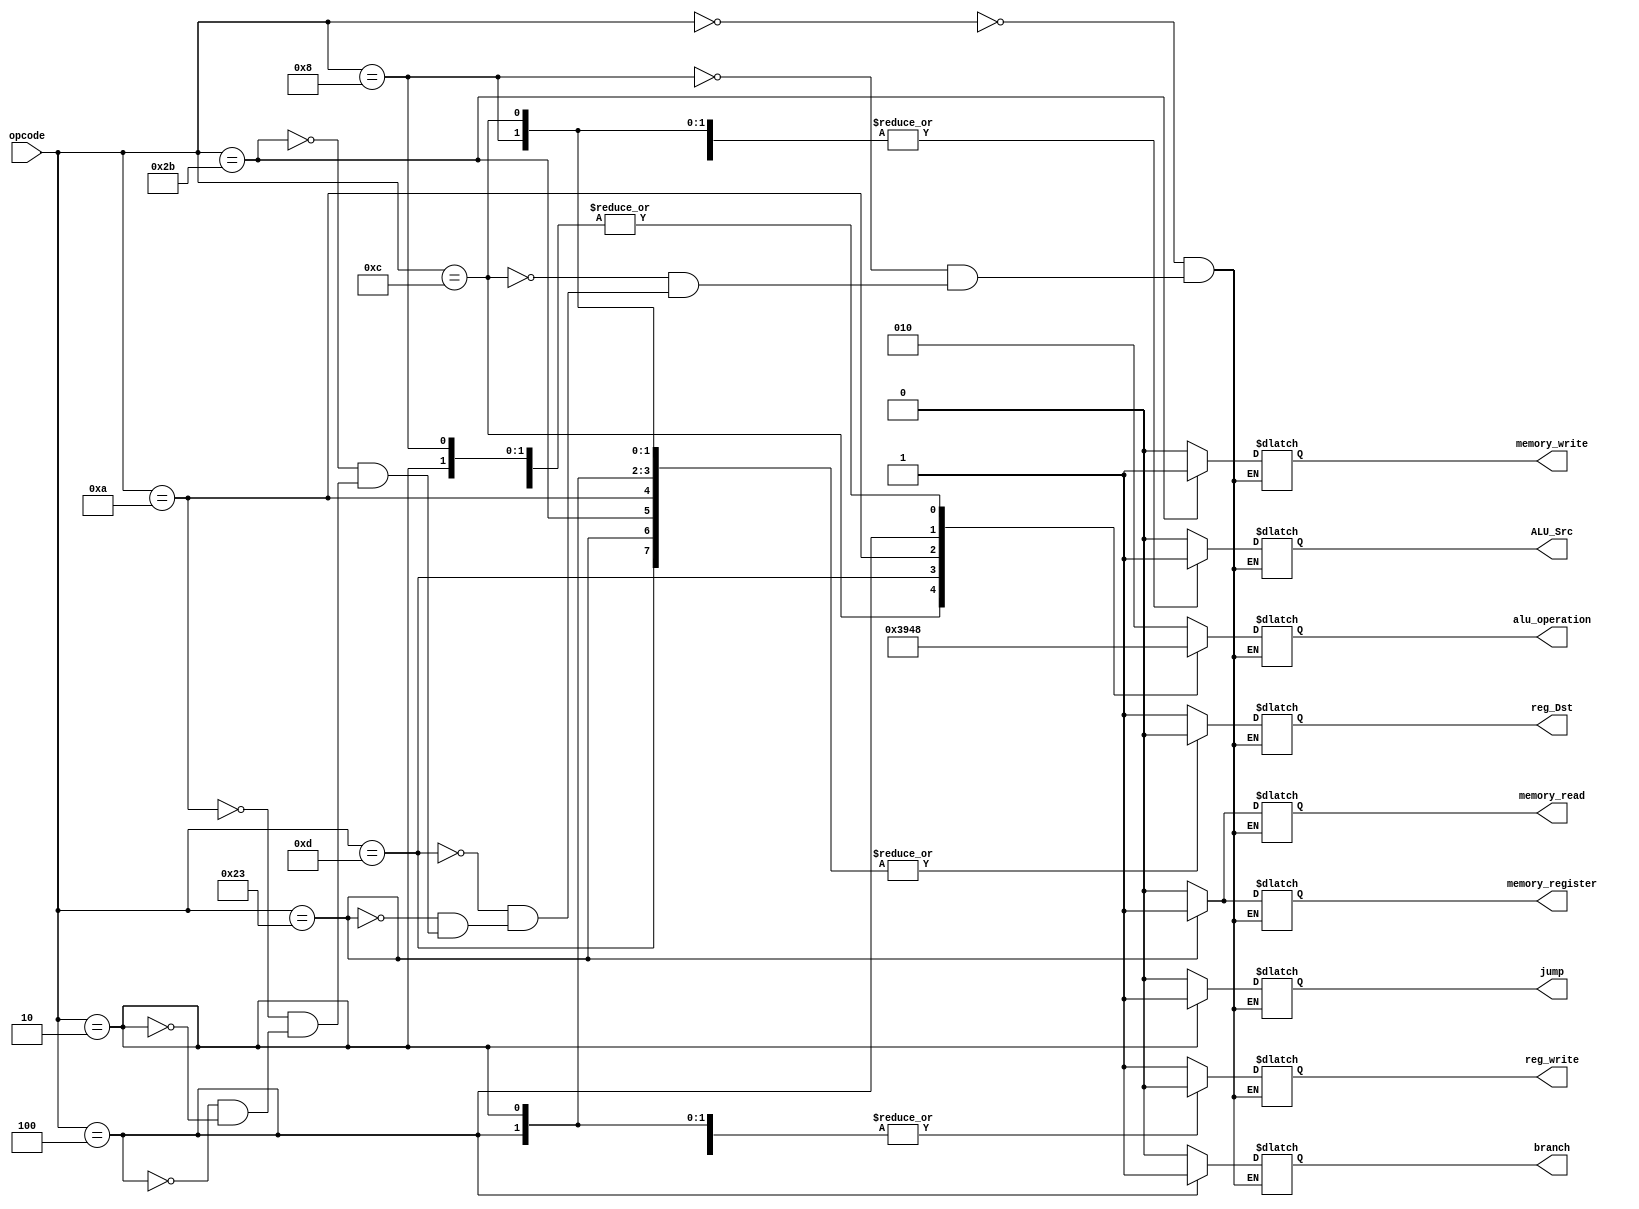
module MyControlUnit(
    input [31:26] opcode,
    output reg reg_Dst,
    output reg branch,
    output reg memory_read,
    output reg memory_register,
    output reg [2:0] alu_operation,
    output reg memory_write,
    output reg ALU_Src,
    output reg reg_write, 
    output reg jump   
);

always @*
begin
    case (opcode)
        6'b000000://Instrucciones Tipo R
        begin 
            reg_Dst=1'b1;
            branch=1'b0;
            memory_read = 1'b0;
            memory_register = 1'b0;
            alu_operation = 3'b010;
	    memory_write = 1'b0;
            ALU_Src=1'b0;
            reg_write = 1'b1;
	    jump=1'b0;
        end
        6'b001000://ADDI
        begin 
            reg_Dst=1'b0;
            branch=1'b0;
            memory_read = 1'b0;
            memory_register = 1'b0;
            alu_operation = 3'b000;
	    memory_write = 1'b0;
            ALU_Src=1'b1;
            reg_write = 1'b1;
	    jump=1'b0;
        end
        6'b001100://ANDI
        begin 
            reg_Dst=1'b0;
            branch=1'b0;
            memory_read = 1'b0;
            memory_register = 1'b0;
            alu_operation = 3'b011;//Cmo hay que ponerlo?
	    memory_write = 1'b0;
            ALU_Src=1'b1;
            reg_write = 1'b1;
	    jump=1'b0;
        end
        6'b001101://ORI
        begin 
            reg_Dst=1'b0;
            branch=1'b0;
            memory_read = 1'b0;
            memory_register = 1'b0;
            alu_operation = 3'b100;//Cmo hay que ponerlo?
	    memory_write = 1'b0;
            ALU_Src=1'b1;
            reg_write = 1'b1;
            jump=1'b0;
        end
        /*6'b000000://SUBI??
        begin 
            reg_Dst=1'b0;
            branch=1'b0;
            memory_read = 1'b0;
            memory_register = 1'b0;
            alu_operation = 3'b001;
	    memory_write = 1'b0;
            ALU_Src=1'b1;
            reg_write = 1'b1;
            jump=1'b0;
        end*/
        6'b100011://LW
        begin 
            reg_Dst=1'b0;
            branch=1'b0;
            memory_read = 1'b1;
            memory_register = 1'b1;
            alu_operation = 3'b000;
	    memory_write = 1'b0;
            ALU_Src=1'b1;
            reg_write = 1'b1;
            jump=1'b0;
        end
        6'b101011://SW
        begin 
            reg_Dst=1'b0;
            branch=1'b0;
            memory_read = 1'b0;
            memory_register = 1'b0;
            alu_operation = 3'b000;
	    memory_write = 1'b1;
            ALU_Src=1'b1;
            reg_write = 1'b0;
            jump=1'b0;
        end
        6'b001010://SLTI
        begin 
            reg_Dst=1'b0;
            branch=1'b0;
            memory_read = 1'b0;
            memory_register = 1'b0;
            alu_operation = 3'b101;//Cmo hay que ponerlo?
	    memory_write = 1'b0;
            ALU_Src=1'b1;
            reg_write = 1'b1;
            jump=1'b0;
        end
        6'b000100://BEQ
        begin 
            reg_Dst=1'b0;
            branch=1'b1;
            memory_read = 1'b0;
            memory_register = 1'b0;
            alu_operation = 3'b001;//Est bien?
	    memory_write = 1'b0;
            ALU_Src=1'b0;
            reg_write = 1'b0;
            jump=1'b0;
        end
        /*6'b000101://BNE
        begin 
            reg_Dst=1'b0;
            branch=1'b1;
            memory_read = 1'b0;
            memory_register = 1'b0;
            alu_operation = 3'b001;//Cmo implementar esta operacin?
	    memory_write = 1'b0;
            ALU_Src=1'b0;
            reg_write = 1'b0;
            jump=1'b0;
        end
        6'b000111://BGTZ
        begin 
            reg_Dst=1'b0;
            branch=1'b1;
            memory_read = 1'b0;
            memory_register = 1'b0;
            alu_operation = 3'b101; //Esta operacin falla cuando se elige un 0, porque 0>0 es falso y la manera en que implement con SLT hace que se ejecut el branch
	    memory_write = 1'b0;
            ALU_Src=1'b0;
            reg_write = 1'b0;
            jump=1'b0;
        end*/
        6'b000010://Instruccin J
	begin
            reg_Dst=1'b0;
            branch=1'b0;
            memory_read = 1'b0;
            memory_register = 1'b0;
            alu_operation = 3'b000;//MODIFICAR
	    memory_write = 1'b0;
            ALU_Src=1'b0;
            reg_write = 1'b0;
	    jump=1'b1;
	end
    endcase
end

endmodule